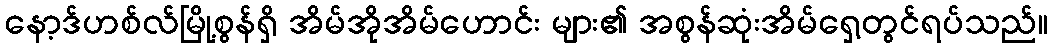
နော့ဒ်ဟစ်လ်မြို့စွန်ရှိ အိမ်အိုအိမ်ဟောင်း များ၏ အစွန်ဆုံးအိမ်ရှေ့တွင်ရပ်သည်။